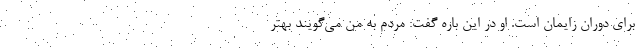
برای دوران زایمان است. او در این باره گفت: مردم به من می‌گویند بهتر